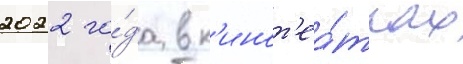
2022 го́да в к'инот'еа́трах